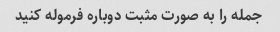
جمله را به صورت مثبت دوباره فرموله کنید